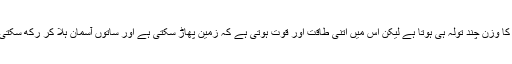
زبان کا وزن چند تولہ ہی ہوتا ہے لیکن اس میں اتنی طاقت اور قوت ہوتی ہے کہ زمین پھاڑ سکتی ہے اور ساتوں آسمان ہلا کر رکھ سکتی ہے۔